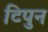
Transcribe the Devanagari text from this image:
टिपुन